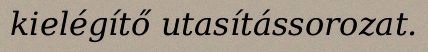
kielégítő utasítássorozat.